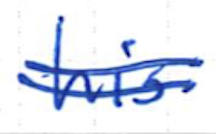
Text: his
Cross-out: double-line
Writing tool: ballpoint